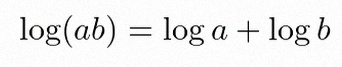
\log(ab)=\log a+\log b